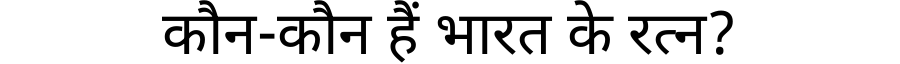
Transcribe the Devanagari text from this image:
कौन-कौन हैं भारत के रत्न?